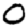
Digit: 0